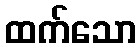
ထက်သော